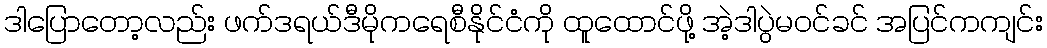
ဒါပြောတော့လည်း ဖက်ဒရယ်ဒီမိုကရေစီနိုင်ငံကို ထူထောင်ဖို့ အဲ့ဒါပွဲမဝင်ခင် အပြင်ကကျင်း